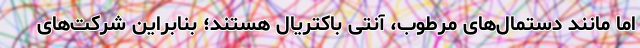
اما مانند دستمال‌های مرطوب، آنتی باکتریال هستند؛ بنابراین شرکت‌های